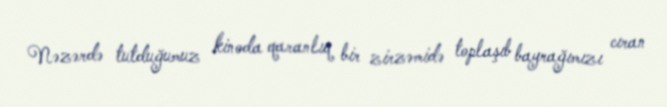
Nəzərdə tutduğumuz kinoda qaranlıq bir zirzəmidə toplaşıb bayrağımızı cıran